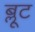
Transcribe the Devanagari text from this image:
ब्लूट